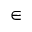
\in